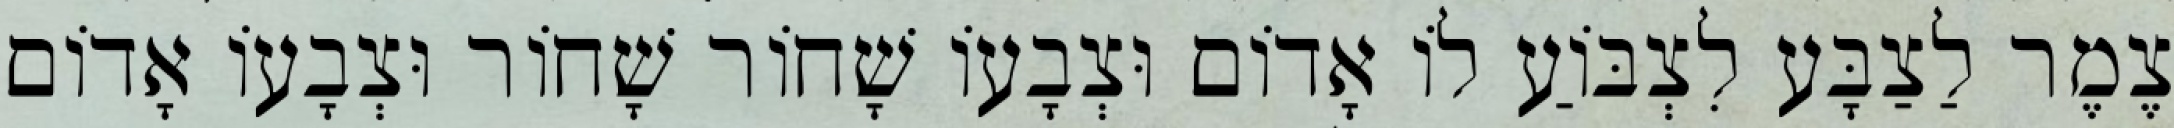
צֶמֶר לַצַבָּע לִצְבּוֹעַ לוֹ אָדוֹם וּצְבָעוֹ שָׁחוֹר שָׁחוֹר וּצְבָעוֹ אָדוֹם